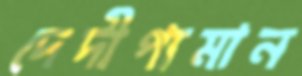
দেদীপ্যমান